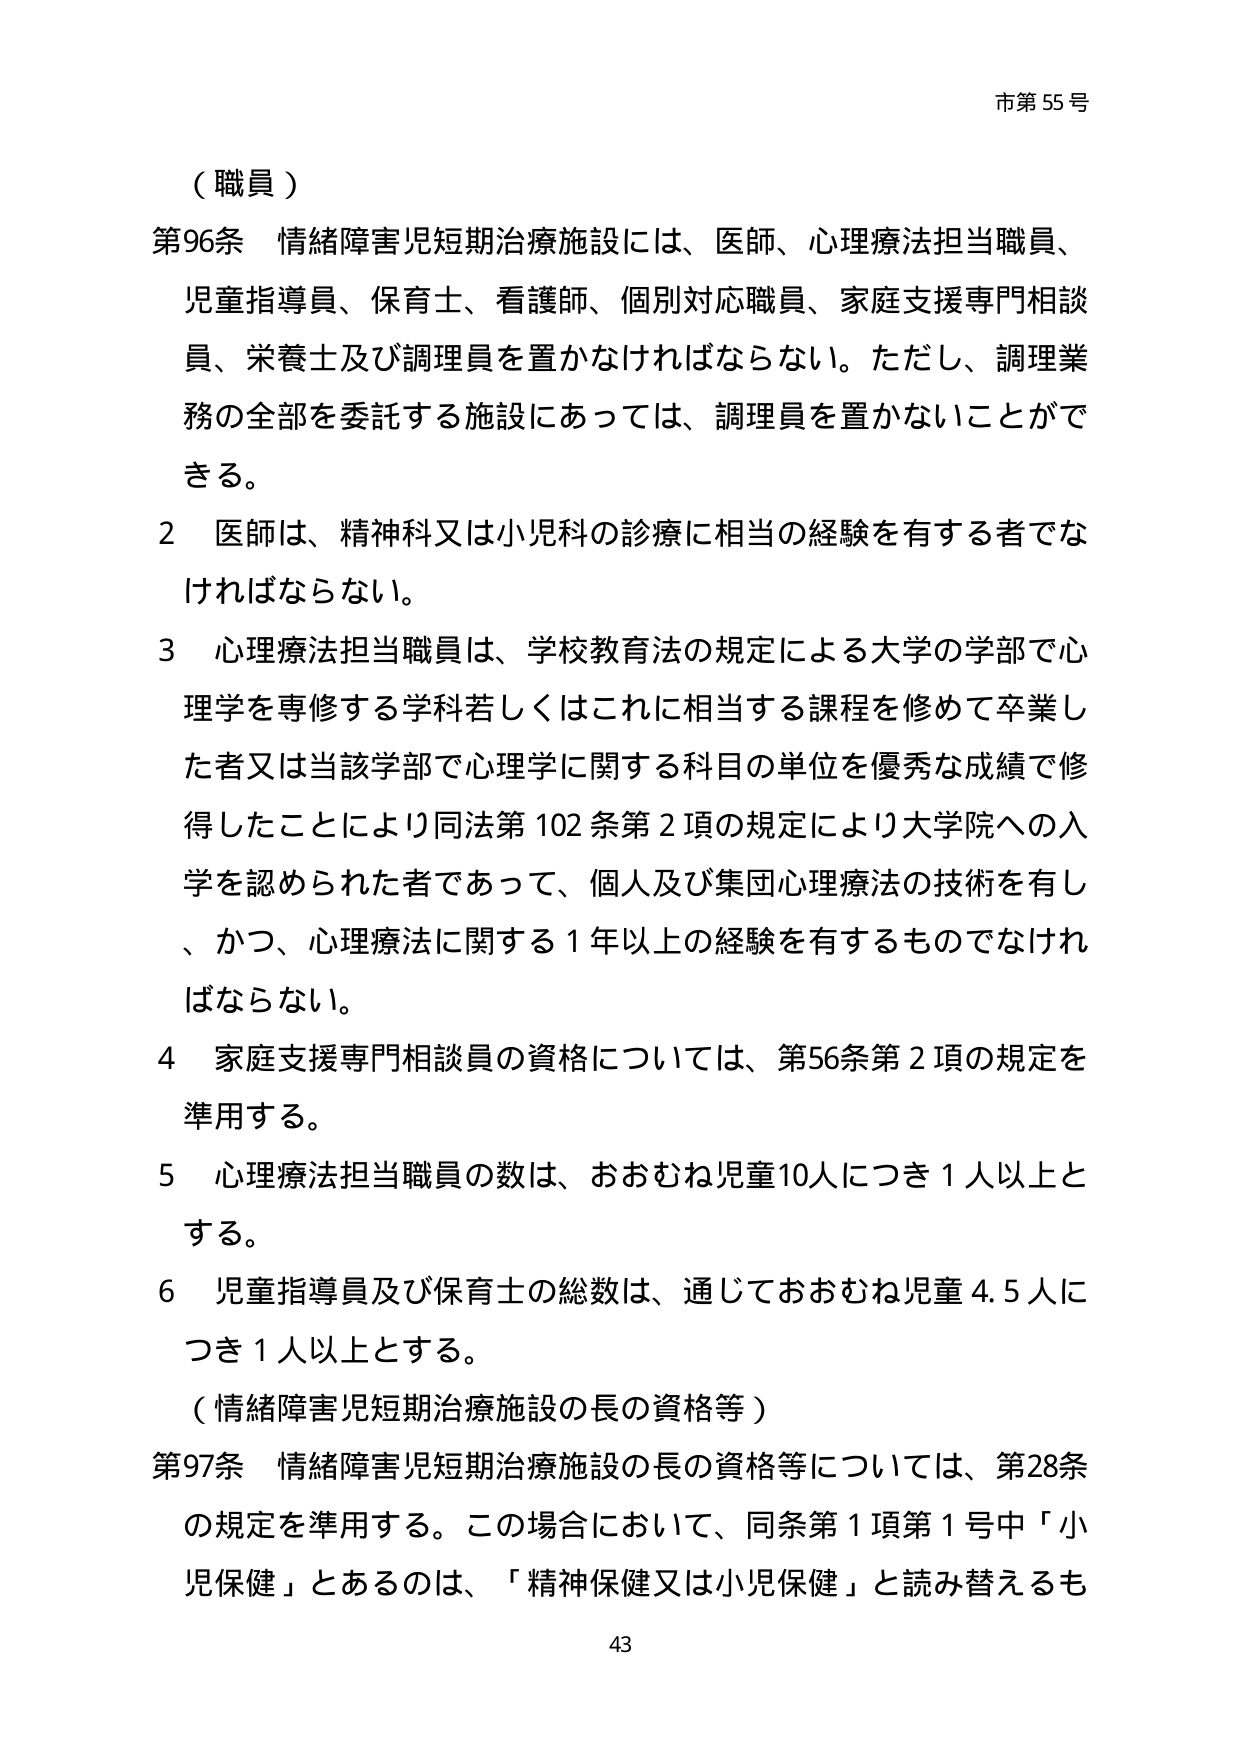
市第55号

（職員）

第96条 情緒障害児短期治療施設には、医師、心理療法担当職員、
児童指導員、保育士、看護師、個別対応職員、家庭支援専門相談
員、栄養士及び調理員を置かなければならない。ただし、調理業
務の全部を委託する施設にあっては、調理員を置かないことがで
きる。

2 医師は、精神科又は小児科の診療に相当の経験を有する者でな
ければならない。

3 心理療法担当職員は、学校教育法の規定による大学の学部で心
理学を専修する学科若しくはこれに相当する課程を修めて卒業し
た者又は当該学部で心理学に関する科目の単位を優秀な成績で修
得したことにより同法第102条第2項の規定により大学院への入
学を認められた者であって、個人及び集団心理療法の技術を有し
、かつ、心理療法に関する1年以上の経験を有するものでなけれ
ばならない。

4 家庭支援専門相談員の資格については、第56条第2項の規定を
準用する。

5 心理療法担当職員の数は、おおむね児童10人につき1人以上と
する。

6 児童指導員及び保育士の総数は、通じておおむね児童4.5人に
つき1人以上とする。

（情緒障害児短期治療施設の長の資格等）

第97条 情緒障害児短期治療施設の長の資格等については、第28条
の規定を準用する。この場合において、同条第1項第1号中「小
児保健」とあるのは、「精神保健又は小児保健」と読み替えるも

43